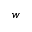
w